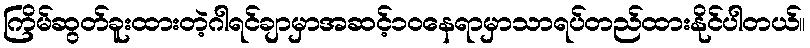
ကြိမ်ဆွတ်ခူးထားတဲ့ဂါရင်ချာမှာအဆင့်၁၀နေရာမှာသာရပ်တည်ထားနိုင်ပါတယ်။